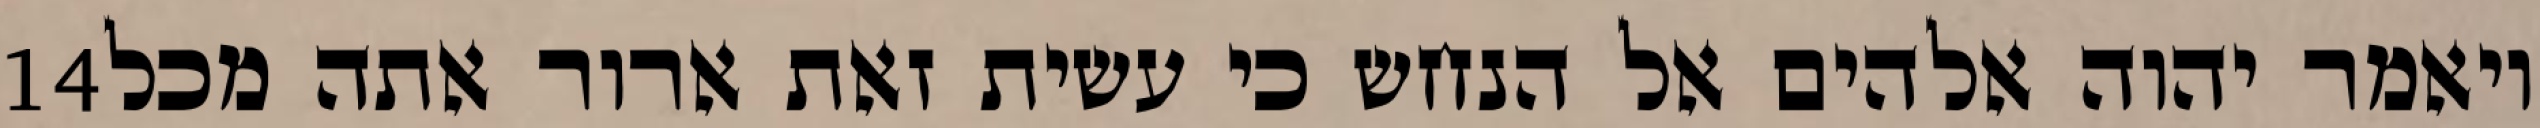
‎14‏ ויאמר יהוה אלהים אל הנחש כי עשית זאת ארור אתה מכל